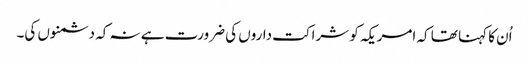
اُن کا کہنا تھا کہ امریکہ کو شراکت داروں کی ضرورت ہے نہ کہ دشمنوں کی۔